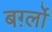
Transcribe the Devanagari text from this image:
बर्ग़्लो